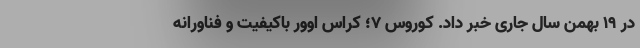
در ۱۹ بهمن سال جاری خبر داد. کوروس 7؛ کراس اوور باکیفیت و فناورانه